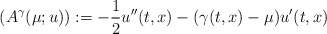
\begin{align*}(A^\gamma(\mu;u)) := -\frac12 u''(t,x) - (\gamma(t,x)-\mu) u'(t,x)\end{align*}